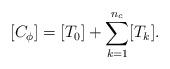
LaTeX: \begin{align*}[C_\phi] = [T_0] + \sum_{k=1}^{n_c} [T_k].\end{align*}